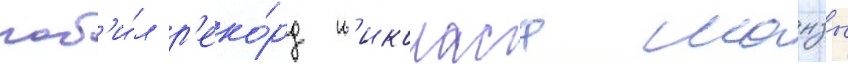
поб'и́л р'еко́рд н'иколаса манзы